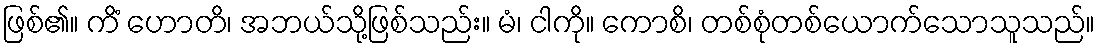
ဖြစ်၏။ ကိံ ဟောတိ၊ အဘယ်သို့ဖြစ်သည်း။ မံ၊ ငါကို။ ကောစိ၊ တစ်စုံတစ်ယောက်သောသူသည်။